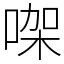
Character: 㗎